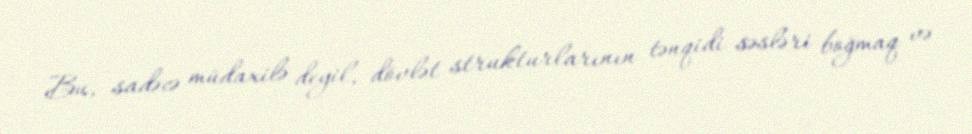
Bu, sadəcə müdaxilə deyil, dövlət strukturlarının tənqidi səsləri boğmaq və